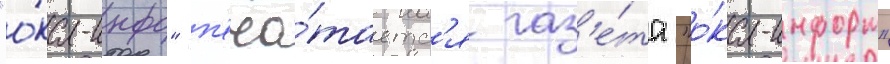
"о́ка-инфо" п'еча́таетс'я газ'е́та "о́ка-информ"